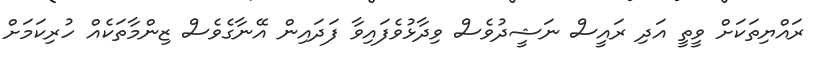
ރައްޔިތަކަށް ވީތީ އަދި ރައީސް ނަޝީދުވެސް ވިދާޅުވެފައިވާ ފަދައިން އޭނާގެވެސް ޒިންމާތަކެއް ހުރިކަމަށް